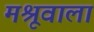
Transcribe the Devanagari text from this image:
मश्रूवाला